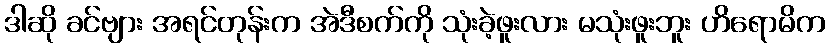
ဒါဆို ခင်ဗျား အရင်တုန်းက အဲဒီစက်ကို သုံးခဲ့ဖူးလား မသုံးဖူးဘူး ဟိရောမိက